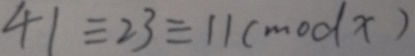
4 1 \equiv 2 3 \equiv 1 1 ( m o d x )